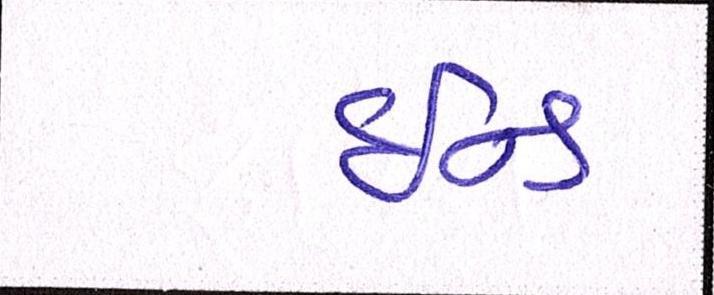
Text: ઇન્ડ